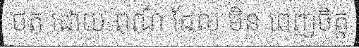
ថត ដោយ ពណ៌ ដែល មិន ពេញចិត្ត